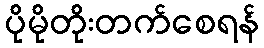
ပိုမိုတိုးတက်စေရန်